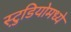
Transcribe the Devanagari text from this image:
स्टु़डियोमध्ये